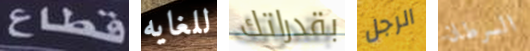
قطاع للغايه بقدراتك الرجل السرطان